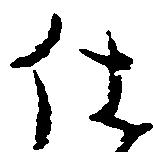
仕